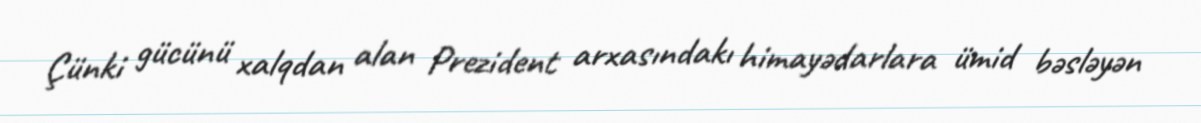
Çünki gücünü xalqdan alan Prezident arxasındakı himayədarlara ümid bəsləyən